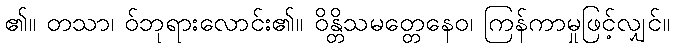
၏။ တသာ၊ ဝ်ဘုရားလောင်း၏။ ဝိန္တိသမတ္တေနေဝ၊ ကြန်ကာမှုဖြင့်လျှင်။